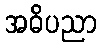
အဓိပညာ